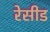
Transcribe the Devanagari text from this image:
रेसीड